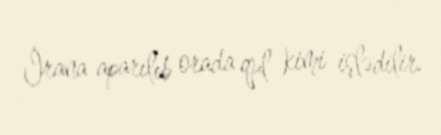
İrana aparılıb orada qul kimi işlədilir.